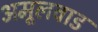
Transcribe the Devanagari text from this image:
अमूलवाड